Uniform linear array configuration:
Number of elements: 12
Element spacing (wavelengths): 0.5
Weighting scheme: hann
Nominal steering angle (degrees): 30
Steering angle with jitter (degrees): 31.409
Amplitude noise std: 0.05
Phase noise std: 0.05

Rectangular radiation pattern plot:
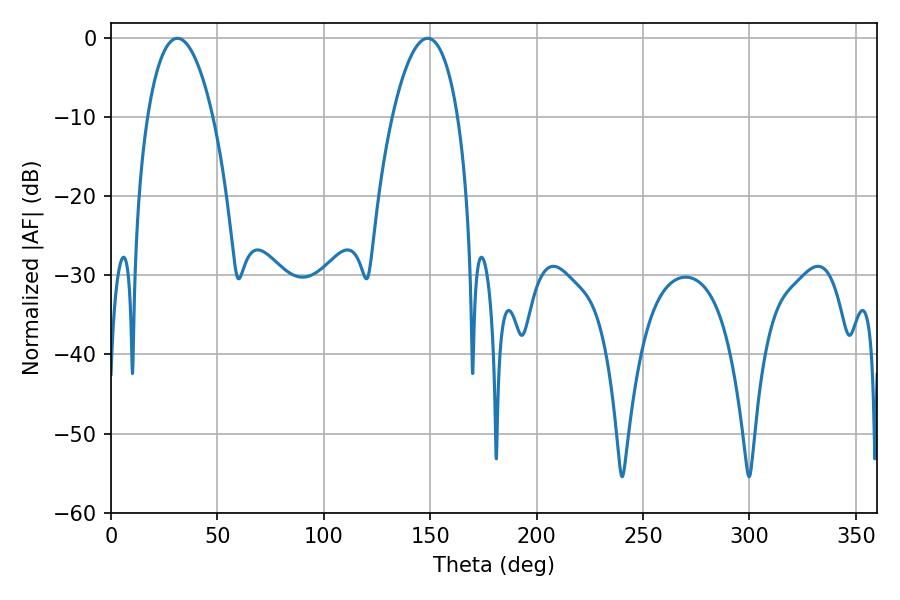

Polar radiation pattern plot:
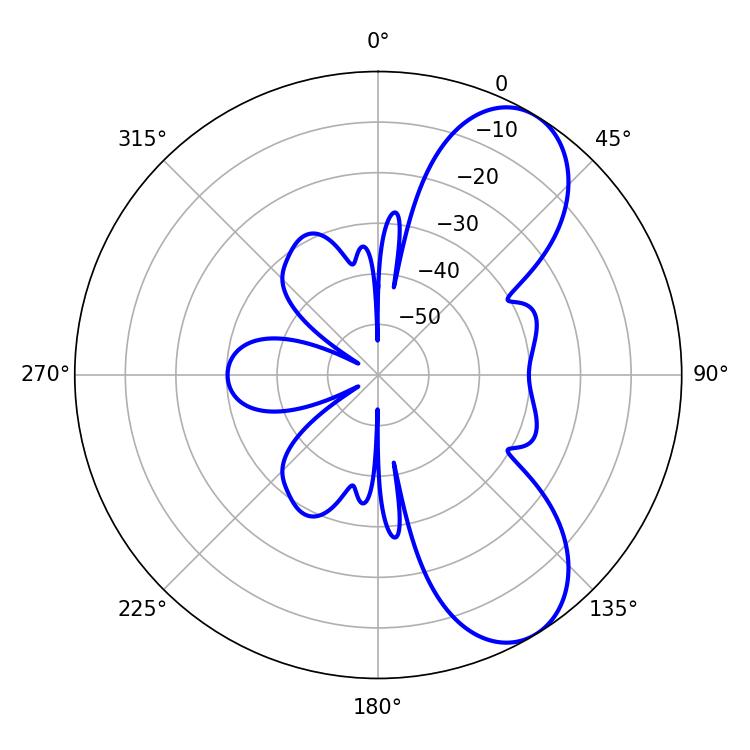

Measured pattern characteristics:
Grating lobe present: FALSE
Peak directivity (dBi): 7.76
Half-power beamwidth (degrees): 17.1
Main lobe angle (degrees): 31.14